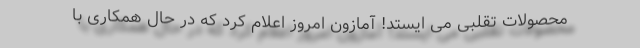
محصولات تقلبی می ایستد! آمازون امروز اعلام کرد که در حال همکاری با